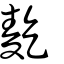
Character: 麧